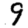
Digit: 9